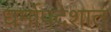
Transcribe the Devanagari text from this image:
धर्मोपदेशात